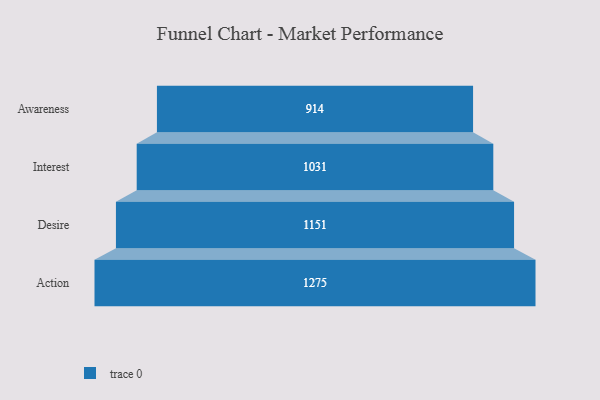
{"axis": {"x": "Stage", "y": "Value"}, "legend": [""], "data": [{"x": "Awareness", "y": 914.0, "type": ""}, {"x": "Interest", "y": 1031.0, "type": ""}, {"x": "Desire", "y": 1151.0, "type": ""}, {"x": "Action", "y": 1275.0, "type": ""}]}